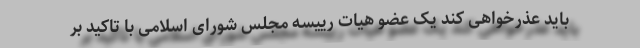
باید عذرخواهی کند یک عضو هیات رییسه مجلس شورای اسلامی با تاکید بر